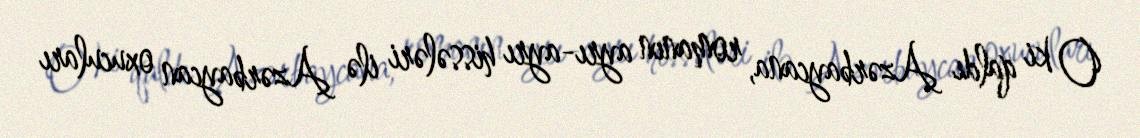
O ki qaldı Azərbaycana, romanın ayrı-ayrı hissələri ilə Azərbaycan oxucuları